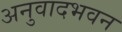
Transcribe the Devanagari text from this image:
अनुवादभवन